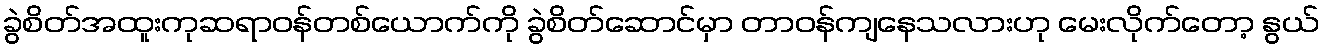
ခွဲစိတ်အထူးကုဆရာဝန်တစ်ယောက်ကို ခွဲစိတ်ဆောင်မှာ တာဝန်ကျနေသလားဟု မေးလိုက်တော့ နွယ်